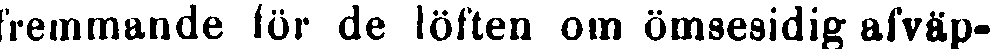
fremmande för de löften om ömsesidig afväp-